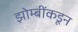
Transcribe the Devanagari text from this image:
झोम्बींकडून